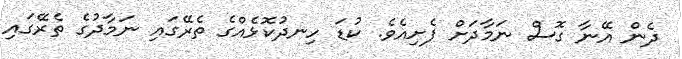
ދެން އޭނާ ގޮސް ނަމާދަށް ފެށިއެވެ. ކުޑަ ހިނދުކޮޅެއްގެ ތެރޭގައި ނަމާދުގެ ތެރޭގައި